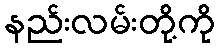
နည်းလမ်းတို့ကို